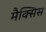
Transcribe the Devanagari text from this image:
मैक्सिस